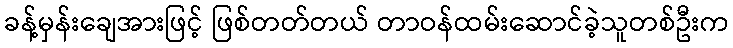
ခန့်မှန်းချေအားဖြင့် ဖြစ်တတ်တယ် တာဝန်ထမ်းဆောင်ခဲ့သူတစ်ဦးက